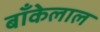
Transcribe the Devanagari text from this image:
बाँकेलाल